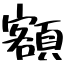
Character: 額